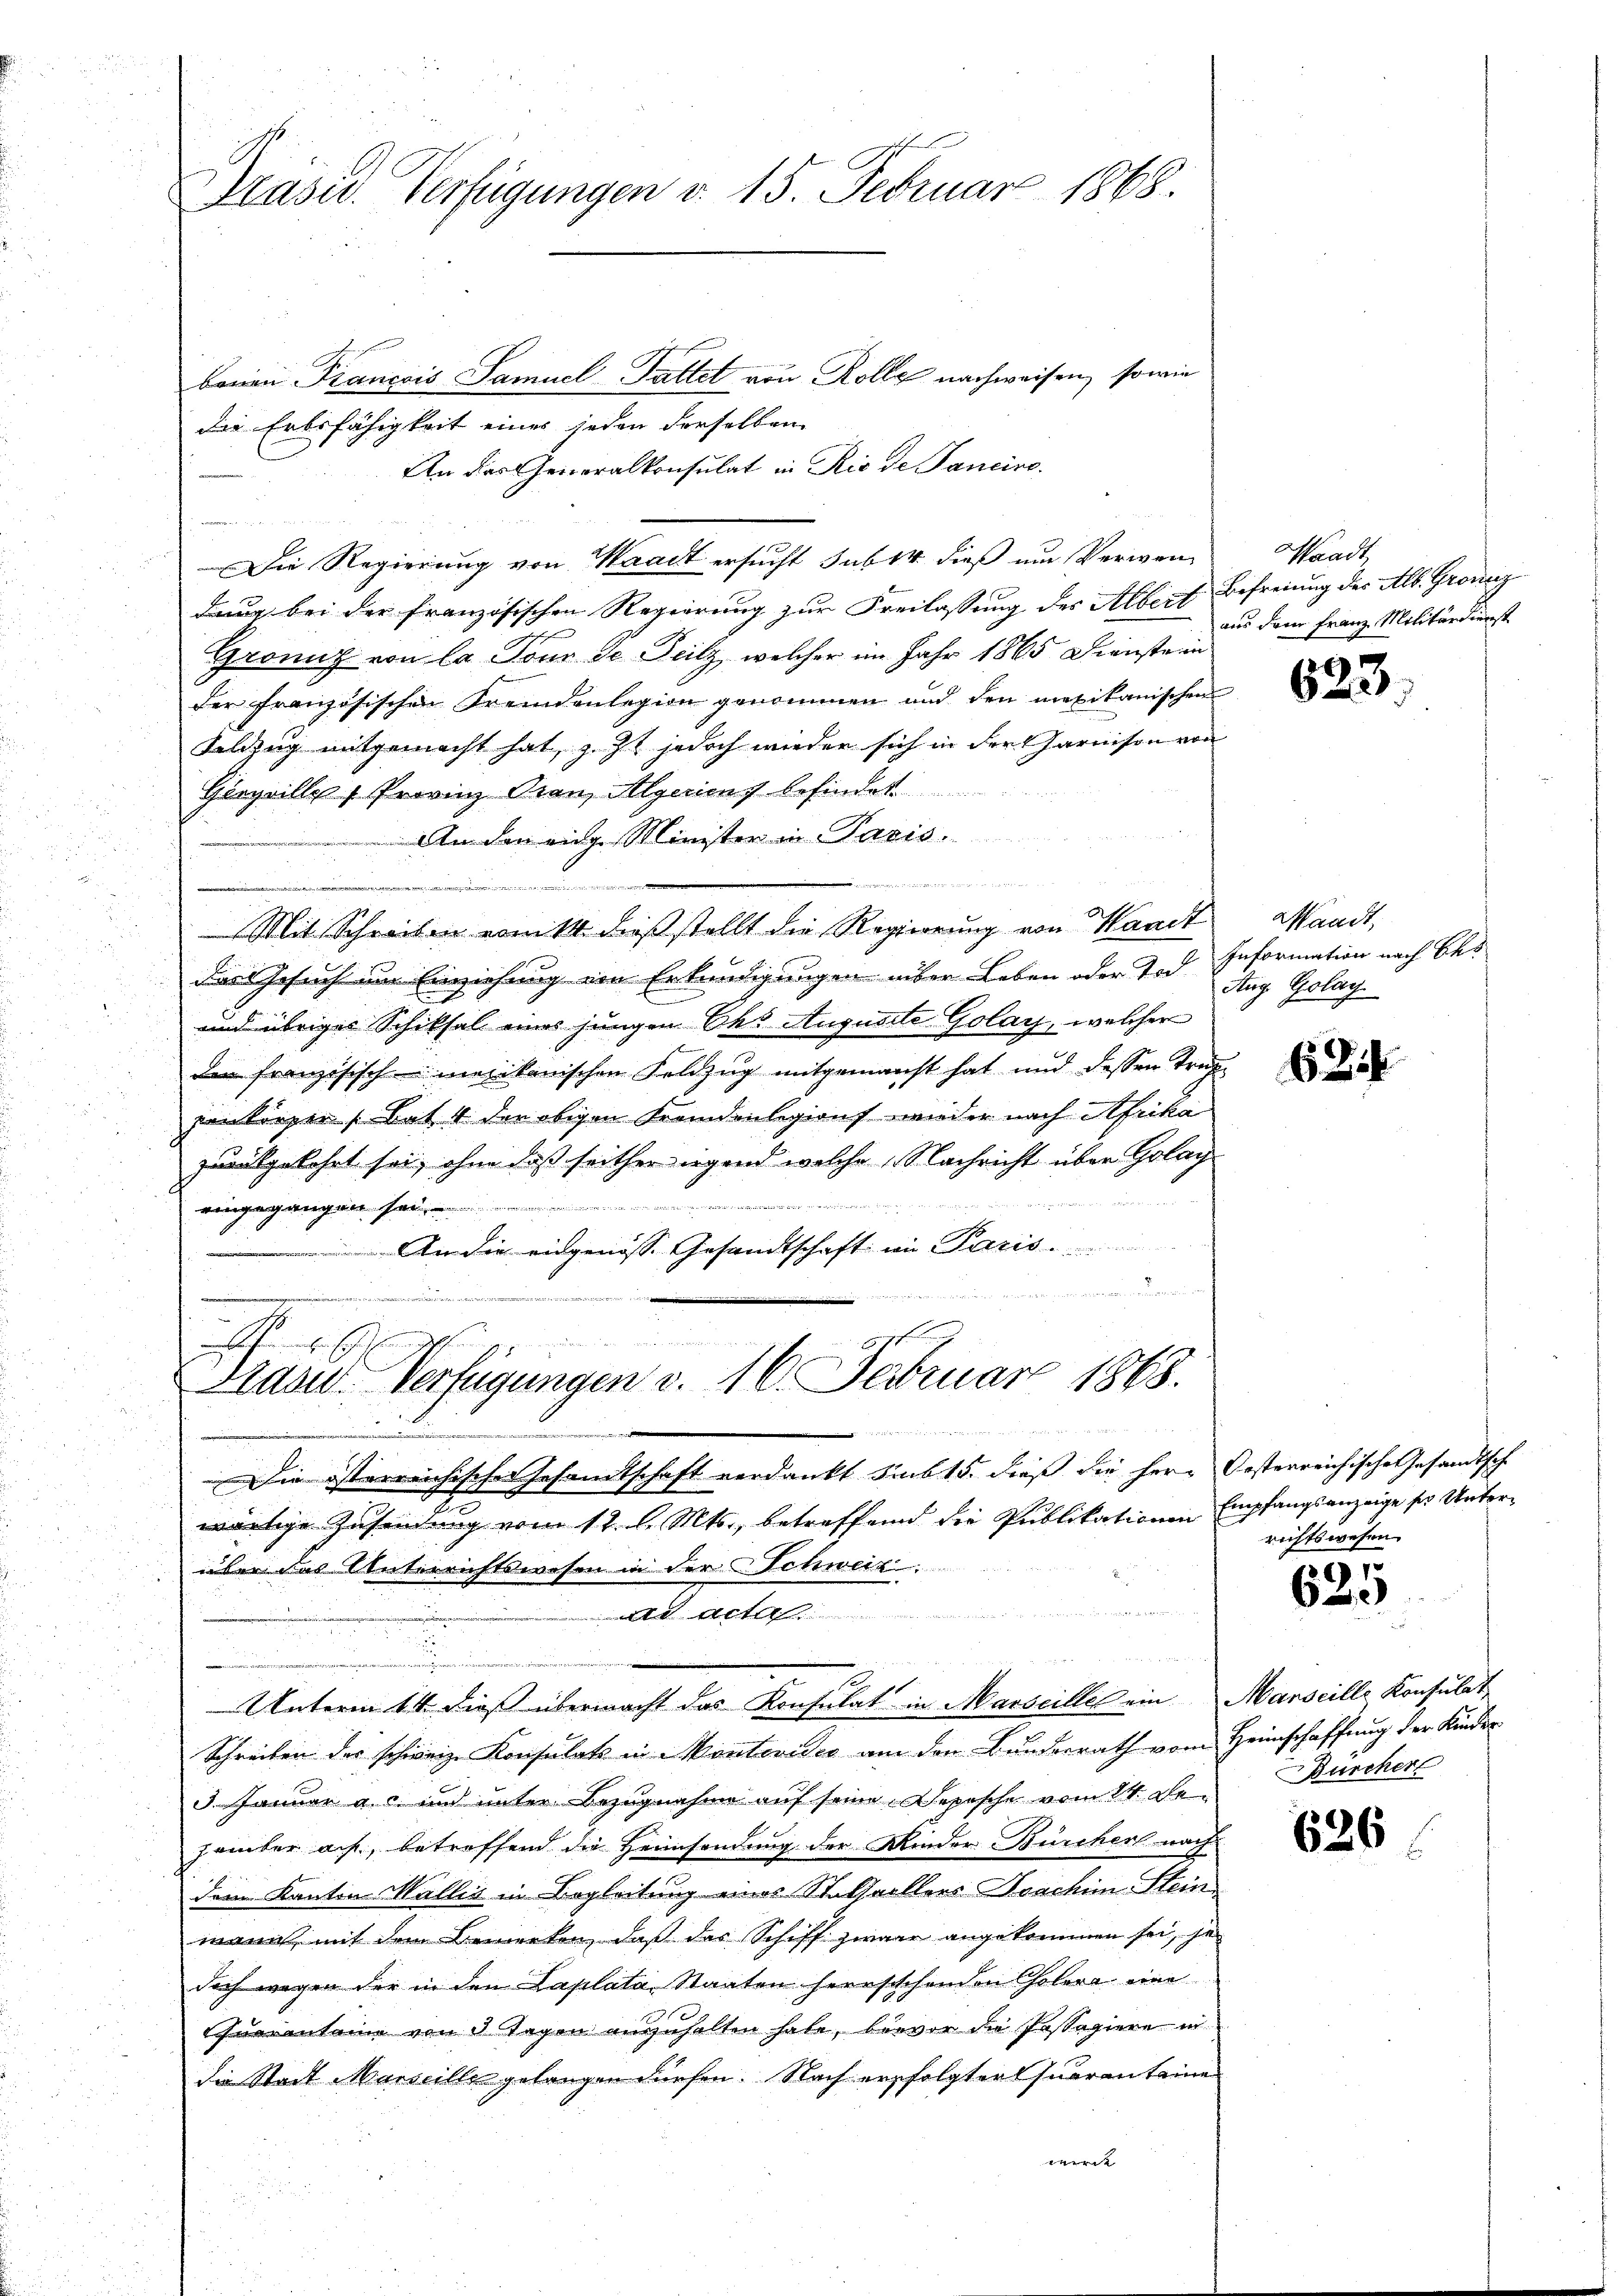
Baran Francois Samuel-Fattet von Rolle nachweisen, sowie
die Erbsfähigkeit eines jeden derselben
An das Generalkonsulat in Rio de Pancire

Die Regierung von Waadt ersucht sub 14 dieß um Verwendung bei der französischen Regierung zur Freilassung des Albert
Grönig von la Tour de Teilz, welcher im Jahr 1865. Dienste in
der französischen Fremdenlegion genommen und den mexikanischen
Feldzug mitgemacht hat, z. Zt. jedoch wieder sich in der Garnison von
Gerzville 7 Provinz Oran, Algeriens befindet
 An den einge Minister in Paris.

n den
diker
Mit Schreiben ernitt dieß stellt die Regierung von Waadt Waadt,
Das Gesuch im Einziehung von Erkundigungen inder Leben oder Tod.
und übriges Schiksal eines jungen Ohs Auguste Golay, welcher
den französisch-merikanischen Feldzug mitgemanst hat und dessen Trag-
enkörper (Bat 4 den obigen Fremdenlegions wieder nach Afrika
zurükgekehrt sei, ohne daß seither irgend welche Nachricht über Golay
u
eingegangen sei.
An die eidgenöss. Gesandtschaft im Paris . .

e

Präsid. Verfügungen d. 15. Februar 1868.

der alle
¬
hr
Fraue Verfügungen v. 16. Februar 1868.

s
u

Unterm 14. dieß übermacht das Konsulat in Marseille ein Manseille Konsulat

e
.
Die österreichischer Gesamtschaft verdankt sub 15. dieß die Herr Oesterreichische Gesandtsch
wärtige Zusendung vom 12. l. Mts., betreffend die Publikationen Empfangsanzeige ser Unterüber das Unterrichtswesen in der Schweiz.
Ad Acta
Schreiben des schweiz. Konsulats in Montevideo am den Bundesrath vom Heimschaffung der Kinder
3. Januar a. c. und unter Bezugnahme auf seine Depesche vom 14. De¬
Jamber auf, betreffend die Heimsendung der Kinder-Bürcher nach
dem Kanton Wallis in Begleitung eines Stalfallers Joachim Stein
wann, mit dem Bemerken, daß das Schiff zwar angekommen sei, je
doch wegen der in den Laplata, Staaten herrschehenden Cholera eine
Querenteine von 3 Tagen anzuhalten habe, bevor die Passagiere in
die Stadt Marseille gelangen dürfen. Nach erfolgter Quaranteine
wirdt |

Waadt
Befreiung des Alb. Grondiz
aus dem Franz Militärdienst

623

Information nach Bes
Aug. Golag.

3

richtswesen.

1
620

Bürcher

626